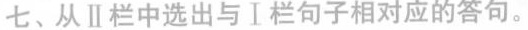
七、从Ⅱ栏中选出与Ⅰ栏句子相对应的答句.